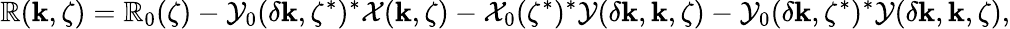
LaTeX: \mathbb{R}(\mathbf{{k}},\zeta)=\mathbb{R}_{0}(\zeta)-\mathcal{{Y}}_{0}(\delta\mathbf{{k}},\zeta^{*})^{*}\mathcal{{X}}(\mathbf{{k}},\zeta)-\mathcal{{X}}_{0}(\zeta^{*})^{*}\mathcal{{Y}}(\delta\mathbf{{k}},\mathbf{{k}},\zeta)-\mathcal{{Y}}_{0}(\delta\mathbf{{k}},\zeta^{*})^{*}\mathcal{{Y}}(\delta\mathbf{{k}},\mathbf{{k}},\zeta),